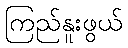
ကြည်နူးဖွယ်